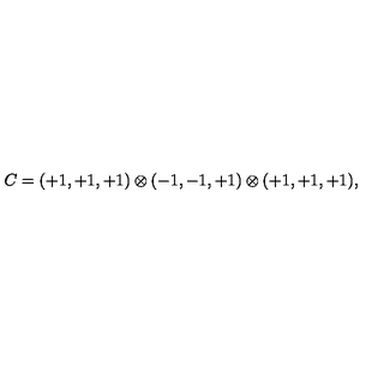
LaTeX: C = ( + 1 , + 1 , + 1 ) \otimes ( - 1 , - 1 , + 1 ) \otimes ( + 1 , + 1 , + 1 ) , \,